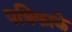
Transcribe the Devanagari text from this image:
पत्रिकाके